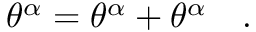
\theta ^ { \alpha } = \theta ^ { \alpha } + \theta ^ { \alpha } \quad .